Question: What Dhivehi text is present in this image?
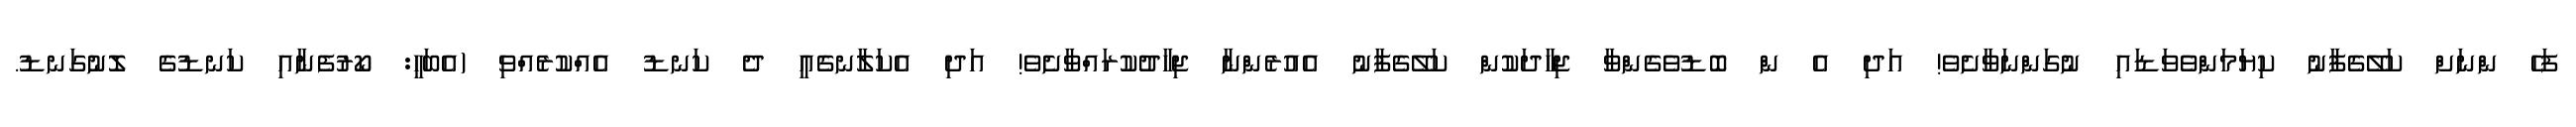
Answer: ފަހެ ންނަށް ކަލޭގެފާނު ކިޔަމަންވެވަޑައި ނުގަންނަވާށެވެ! އަދި އެ ން ބޮޑުވެގެންވާ ޖިހާދަކުން ކަލޭގެފާނު އެއުރެންނާ ޖިހާދުކުރައްވާށެވެ! އަދި އެކަލާނގެއީ ދެ ކަނޑު އެއްކުރެއްވި (އެބަހީ: ކޯރުފެނާއި ކަނޑުގެ ލޮނުގަނޑު.